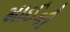
માઈકી